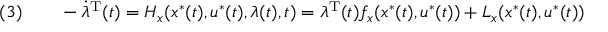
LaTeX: ( 3 ) \qquad - { \dot { \lambda } } ^ { \mathrm { { T } } } ( t ) = H _ { x } ( x ^ { * } ( t ) , u ^ { * } ( t ) , \lambda ( t ) , t ) = \lambda ^ { \mathrm { { T } } } ( t ) f _ { x } ( x ^ { * } ( t ) , u ^ { * } ( t ) ) + L _ { x } ( x ^ { * } ( t ) , u ^ { * } ( t ) )